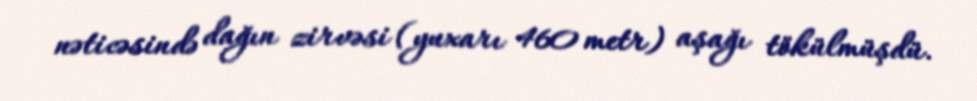
nəticəsində dağın zirvəsi (yuxarı 460 metr) aşağı tökülmüşdü.